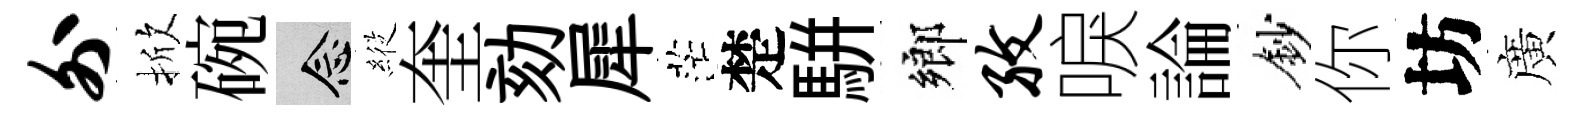
外掀碗念𦂵奎劾犀茫楚駢鄉孜唳論鈔你坊廣